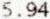
5.94